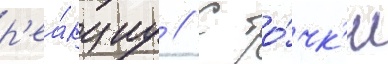
р'еа́кциу // С то́чк'и